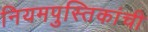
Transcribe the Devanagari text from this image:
नियमपुस्तिकांची